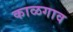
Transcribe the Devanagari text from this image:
काळगाव